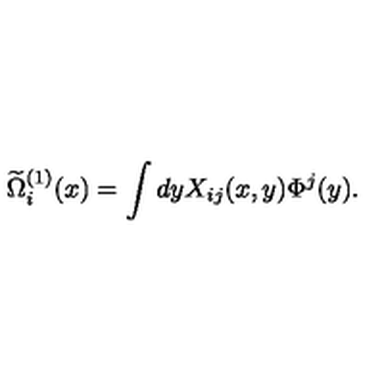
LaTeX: \widetilde { \Omega } _ { i } ^ { ( 1 ) } ( x ) = \int d y X _ { i j } ( x , y ) \Phi ^ { j } ( y ) .